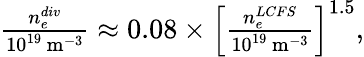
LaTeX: \begin{array}{r}{\frac{n_{e}^{div}}{10^{19}\, \mathrm{m^{-3}}}\approx 0.08\times\left[\frac{n_{e}^{LCFS}}{10^{19}\, \mathrm{m^{-3}}}\right]^{1.5},}\end{array}